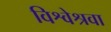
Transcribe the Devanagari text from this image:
विश्वेश्रवा